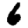
Digit: 6